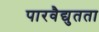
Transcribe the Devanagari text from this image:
पारवैद्युतता